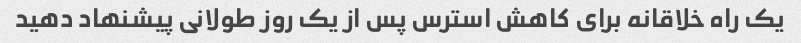
یک راه خلاقانه برای کاهش استرس پس از یک روز طولانی پیشنهاد دهید